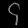
Digit: ၄